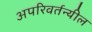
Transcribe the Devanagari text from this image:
अपरिवर्तन्यील